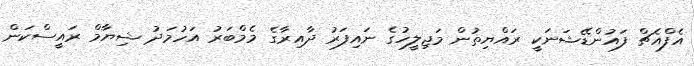
އެފްއެޗް ފައުންޑޭޝަނަކީ ރައްޔިތުން މަޖިލީހުގެ ނައިފަރު ދާއިރާގެ މެމްބަރު އަހުމަދު ޝިޔާމް ރައީސްކަން